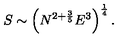
S \sim \left( N ^ { 2 + \frac { 3 } { 5 } } E ^ { 3 } \right) ^ { \frac { 1 } { 4 } } .